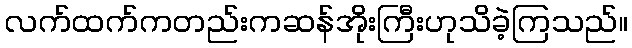
လက်ထက်ကတည်းကဆန်အိုးကြီးဟုသိခဲ့ကြသည်။